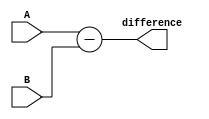
module comb_subtractor (
    input [7:0] A,
    input [7:0] B,
    output reg [7:0] difference
);

always @ (A, B)
begin
    difference = A - B;
end

endmodule